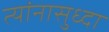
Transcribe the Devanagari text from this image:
त्यांनासुध्दा